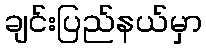
ချင်းပြည်နယ်မှာ